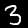
Digit: 3